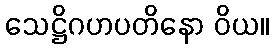
သေဋ္ဌိဂဟပတိနော ဝိယ။